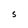
Character: S